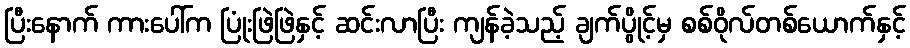
ပြီးနောက် ကားပေါ်က ပြုံးဖြဲဖြဲနှင့် ဆင်းလာပြီး ကျန်ခဲ့သည့် ချက်ပွိုင့်မှ စစ်ဝိုလ်တစ်ယောက်နှင့်